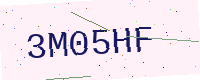
Text: 3M05HF